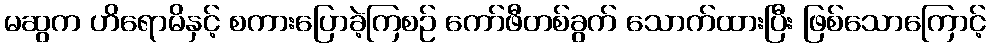
မဆွက ဟိရောမိနှင့် စကားပြောခဲ့ကြစဉ် ကော်ဖီတစ်ခွက် သောက်ထားပြီး ဖြစ်သောကြောင့်